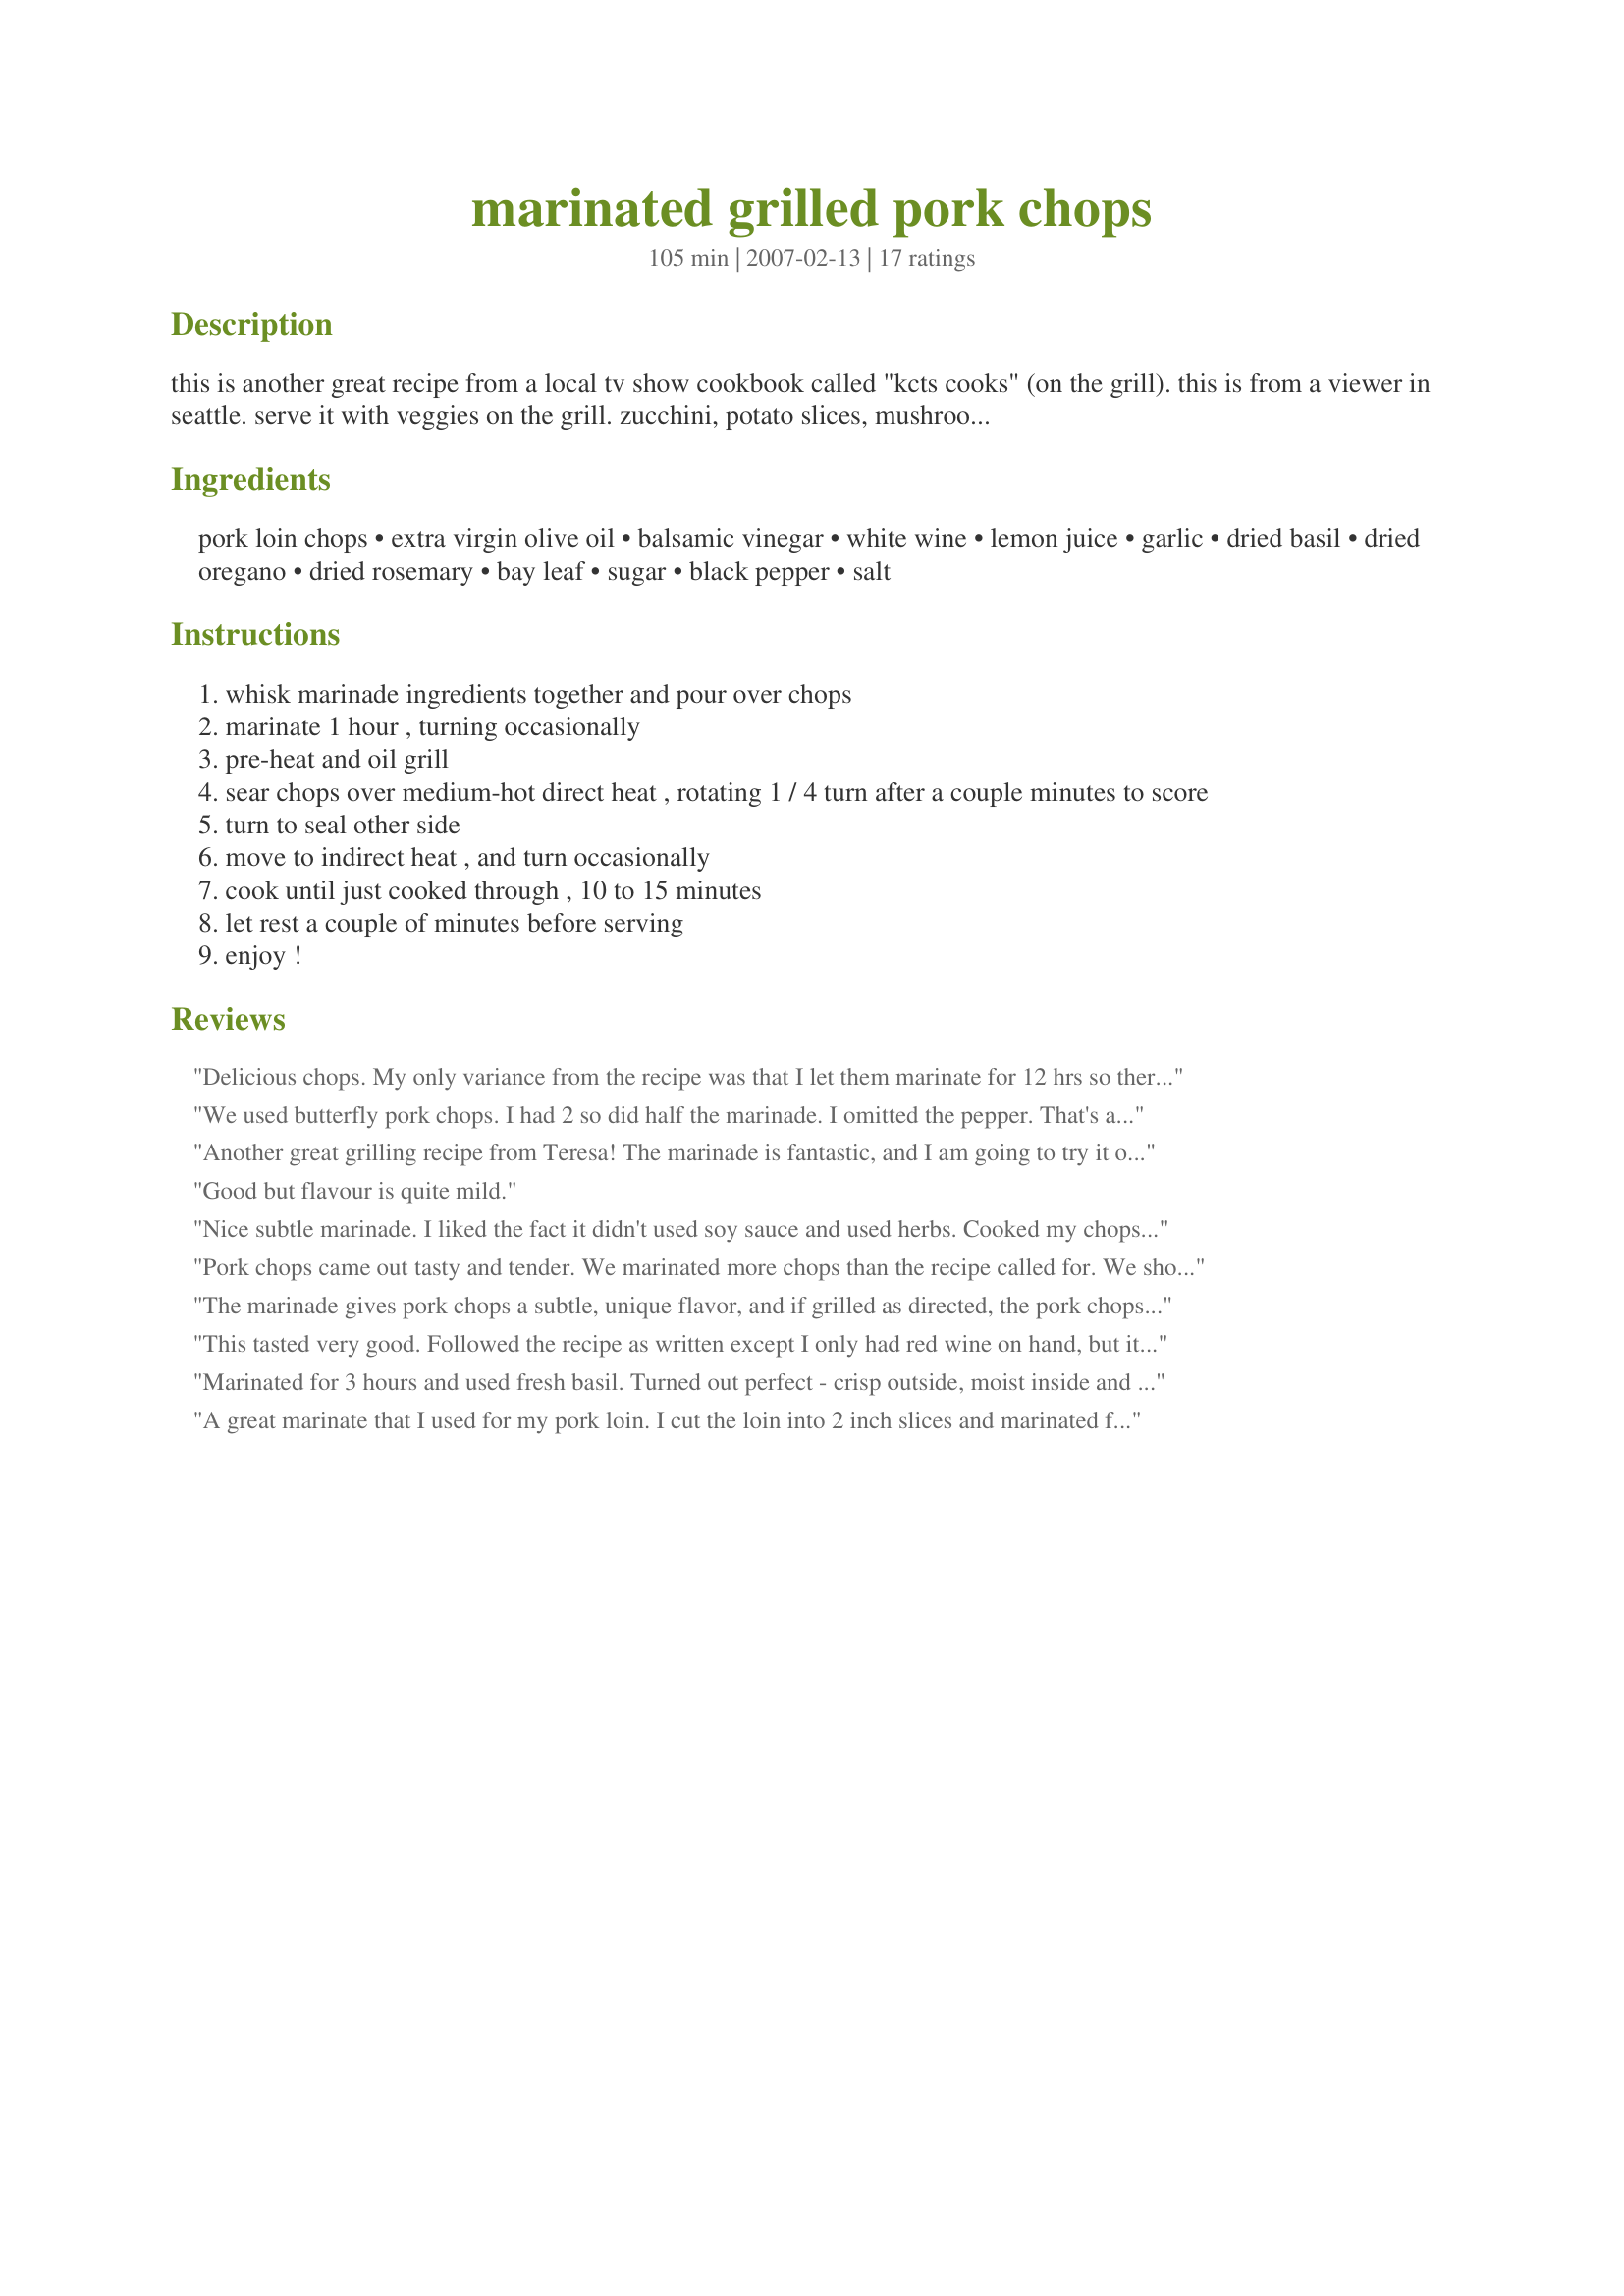
marinated grilled pork chops
Preparation time: 105 minutes

this is another great recipe from a local tv show cookbook called "kcts cooks" (on the grill). this is from a viewer in seattle. serve it with veggies on the grill. zucchini, potato slices, mushrooms, corn on the cob, whatever suits your fancy.

Ingredients:
pork loin chops, extra virgin olive oil, balsamic vinegar, white wine, lemon juice, garlic, dried basil, dried oregano, dried rosemary, bay leaf, sugar, black pepper, salt

Steps:
whisk marinade ingredients together and pour over chops
marinate 1 hour , turning occasionally
pre-heat and oil grill
sear chops over medium-hot direct heat , rotating 1 / 4 turn after a couple minutes to score
turn to seal other side
move to indirect heat , and turn occasionally
cook until just cooked through , 10 to 15 minutes
let rest a couple of minutes before serving
enjoy !

Reviews:
Delicious chops. My only variance from the recipe was that I let them marinate for 12 hrs so there was great flavor. I made only half the recipe for DH and I. Speaking of DH even HE said that these are some of the best pork chops he&#039;s ever had. Tender, moist and great flavor. Houston, I think we have a keeper.
We used butterfly pork chops. I had 2 so did half the marinade. I omitted the pepper. That's all. They had a very good taste. And they were so tender. Thanks Teresa. Made for Please Review My Recipe.
Another great grilling recipe from Teresa! The marinade is fantastic, and I am going to try it on some chicken also! The grilling instructions were right on, and the chops were tender and juicy!
Good but flavour is quite mild.
Nice subtle marinade. I liked the fact it didn't used soy sauce and used herbs. Cooked my chops on the grill.
Pork chops came out tasty and tender. We marinated more chops than the recipe called for. We should have doubled the recipe. Made for PRMR.
The marinade gives pork chops a subtle, unique flavor, and if grilled as directed, the pork chops are moist and tasty!
This tasted very good. Followed the recipe as written except I only had red wine on hand, but it tasted great. I will definitely make this again.
Marinated for 3 hours and used fresh basil. Turned out perfect - crisp outside, moist inside and delicious!
A great marinate that I used for my pork loin. I cut the loin into 2 inch slices and marinated for 2 hours. Perfect taste for the grill. The smell was heavenly. 
Made for TYM Tag.
These were outstanding..... My husband usually won't eat pork of any kind..... After tasting these he replied, "Now that's a good pork chop." Wow... You get 20 stars in my book if it pleased my husband..... I had to cook these on our indoor griddle due to rain that decided to come in at the last minute, but they were still amazing..... Thanks so much for sharing.....
Delicious marinade! I marinated longer than indicated for even better flavor!
I did 4 pork loin chops (total weight just over a kilo - bone in) and marinated for a couple of hours, I did use sprigs of fresh rosemary but otherwise followed through with the recipe mixing the the marination ingredients in a corningware dish which I marinated the chops, turning occassionally and then the DH cooked on the electric ridged grill and must admit he did a great job and the chops tasted great. Thank you TeresaS, made for Potluck Tag and the I Want Real Food Party.
I did cut the recipe in half for the 2 of us, but followed the list of ingredients right on down & had an extremely flavorful chops for dinner! We love pork chops & you've provided me with a great new way to serve them. Definitely a winning recipe & a great keeper, too! Thanks for sharing it! [Made & reviewed in Zaar Stars recipe tag]
Wow, this was good. It was quick and really easy to make. Made as written but used a pork tenderloin, it was wonderful. (I couldn&#039;t find the pork chops and wanted to try this recipe) Moist, tender and full of flavor.
Served with fresh cantaloupe, green olives, Caesar Salad, and Tzatziki Sauce. Thank you for sharing this lovely recipe. Made for What&#039;s on the Menu? Tag Game.
Great marinade for pork chops. I put 3 chops in the marinade for 3 hours. I made the marinade as written except that I omitted the rosemary due to personal preference. Thanks for sharing the recipe. Made for Stars Tag Game.
Excellent-love the rosemary! And I always have these ingredients on hand. Served this with Recipe#119139,Recipe#242475, and Recipe#57679 for a nice summer meal. Thanks TeresaS for posting. Made for 1-2-3 Hit Wonders Tag.
